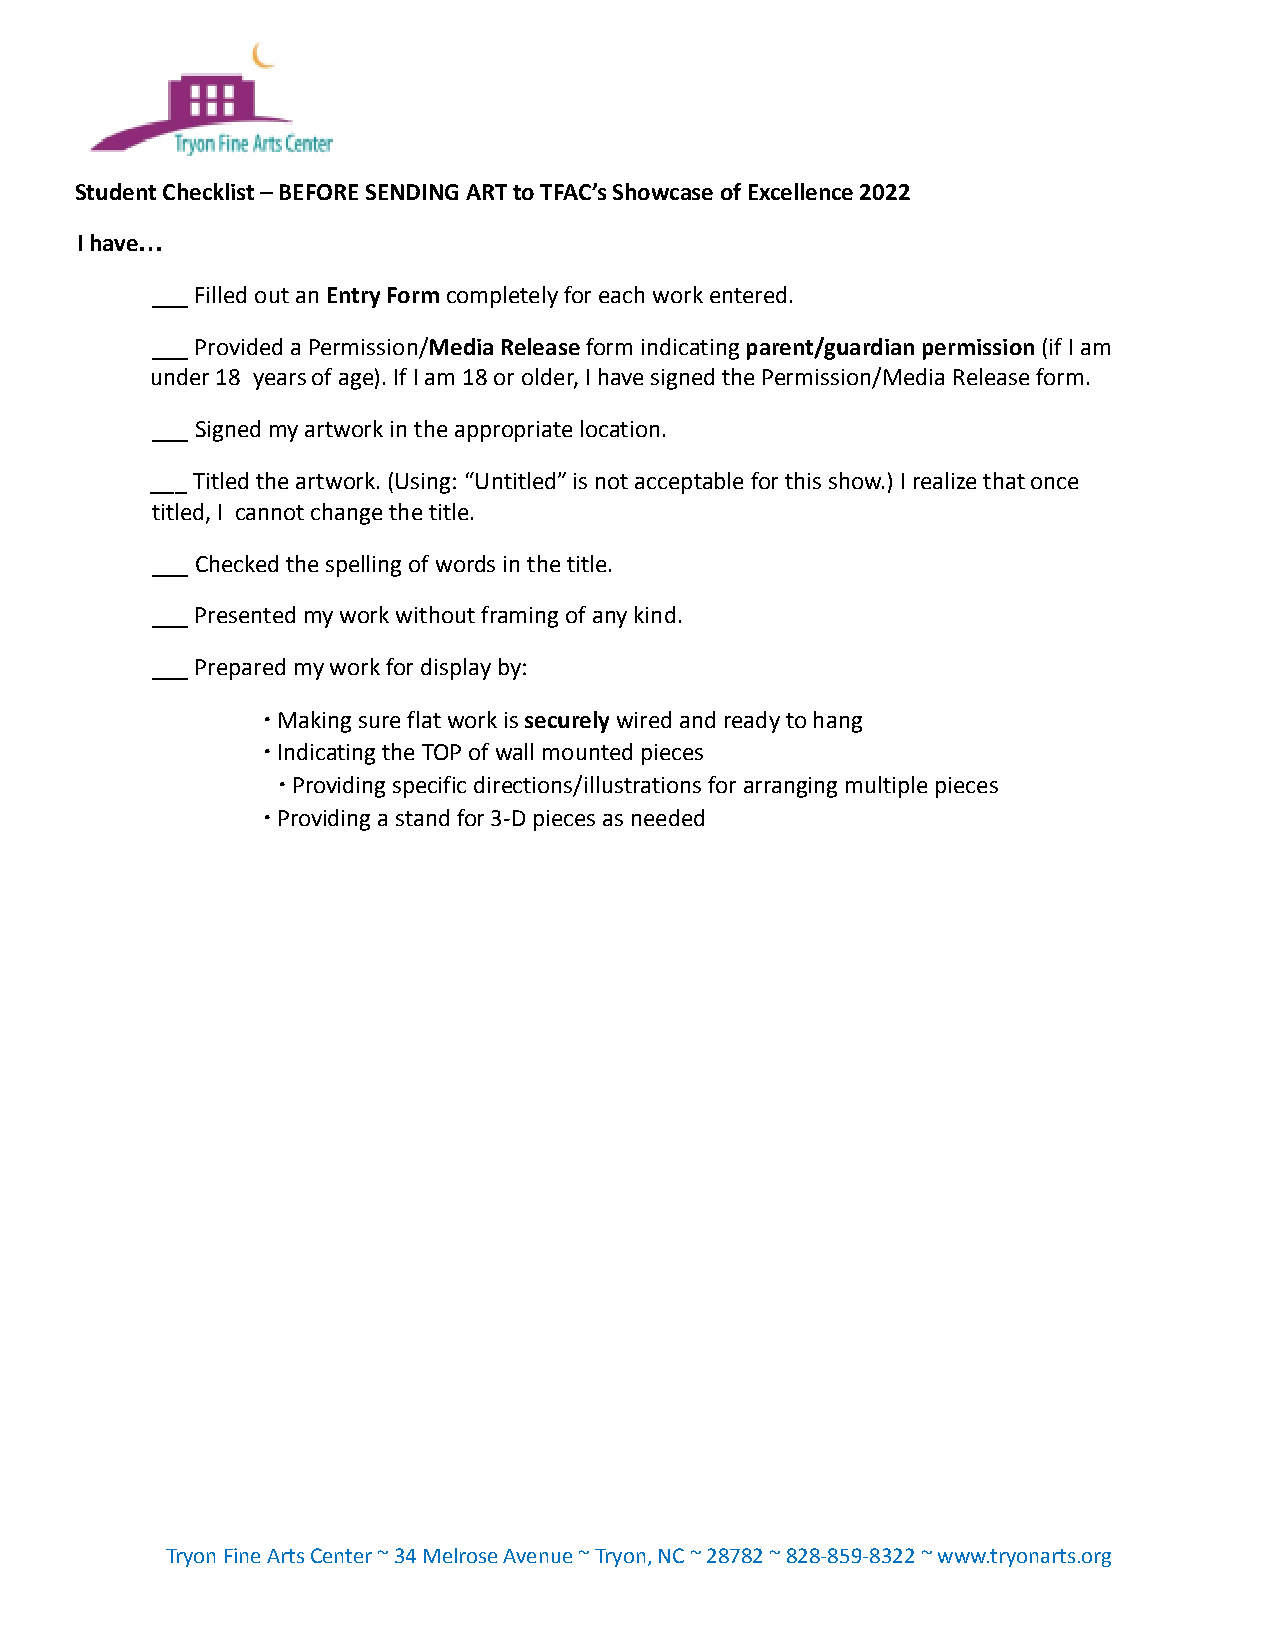
Student Checklist – BEFORE SENDING ART to TFAC’s Showcase of Excellence 2022
 I have…
 ___ Filled out anEntry Formcompletely for each workentered.
 ___ Provided a Permission/Media Releaseform indicatingparent/guardian permission(if I am
 under 18 years of age). If I am 18 or older, I have signed the Permission/Media Release form.
 ___ Signed my artwork in the appropriate location.
 ___ Titled the artwork. (Using: “Untitled” is not acceptable for this show.) I realize that once
 titled, I cannot change the title.
 ___ Checked the spelling of words in the title.
 ___ Presented my work without framing of any kind.
 ___ Prepared my work for display by:
 ∙ Making sure flat work issecurelywired and readyto hang
 ∙ Indicating the TOP of wall mounted pieces
 ∙ Providing specific directions/illustrations forarranging multiple pieces
 ∙ Providing a stand for 3-D pieces as needed
 Tryon Fine Arts Center ~ 34 Melrose Avenue ~ Tryon, NC ~ 28782 ~ 828-859-8322 ~ www.tryonarts.org